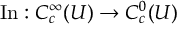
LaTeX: \operatorname { I n } : C _ { c } ^ { \infty } ( U ) \to C _ { c } ^ { 0 } ( U )